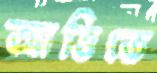
আত্তিতে